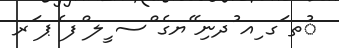
ުތ ަގ ިއ ުދނި ޭޔގެ ްސ ީލ ްފ ެޕ ަރ